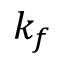
k _ { f }